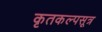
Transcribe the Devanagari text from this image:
कृतकल्पसूत्र